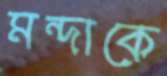
মন্দাকে